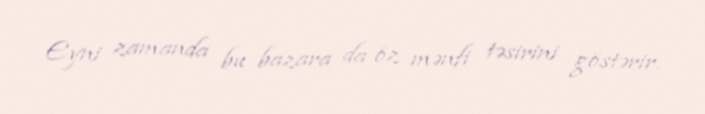
Eyni zamanda bu bazara da öz mənfi təsirini göstərir.